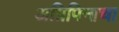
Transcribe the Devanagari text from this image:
अग्रिपिनाचा